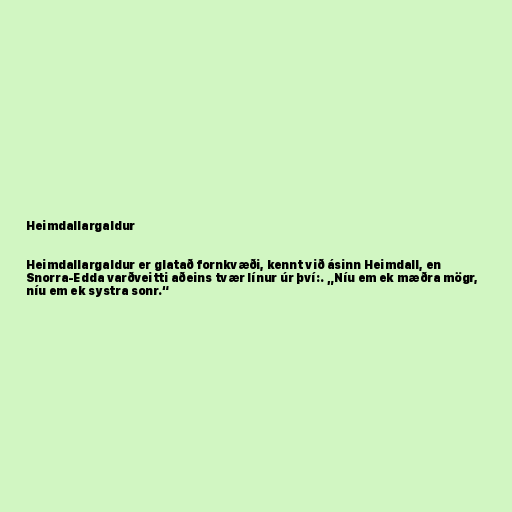
Heimdallargaldur

Heimdallargaldur er glatað fornkvæði, kennt við ásinn Heimdall, en
Snorra-Edda varðveitti aðeins tvær línur úr því:. „Níu em ek mæðra mögr,
níu em ek systra sonr.“